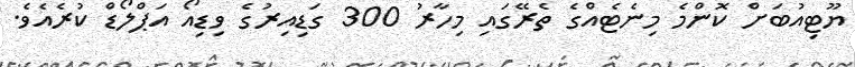
ޔޫޓިއުބަށް ކޮންމެ މިނެޓެއްގެ ތެރޭގައި މިހާރު 300 ގަޑިއިރުގެ ވިޑިއޯ އަޕްލޯޑް ކުރެއެވެ.